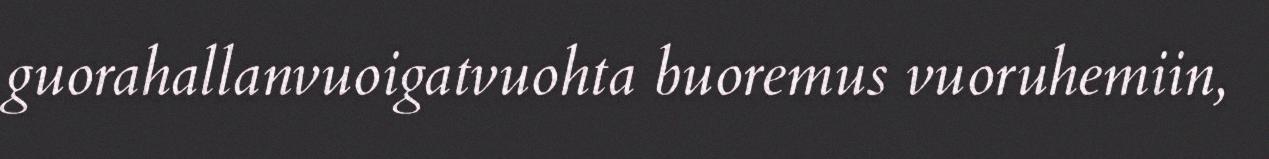
guorahallanvuoigatvuohta buoremus vuoruhemiin,